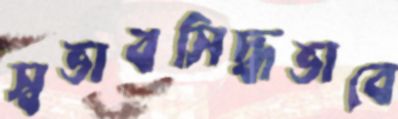
স্বভাবসিদ্ধভাবে